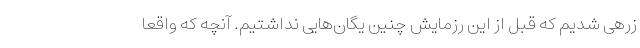
زرهی شدیم که قبل از این رزمایش چنین یگان‌هایی نداشتیم. آنچه که واقعاً